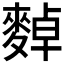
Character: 𪍈